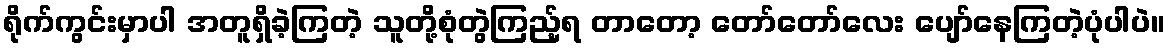
ရိုက်ကွင်းမှာပါ အတူရှိခဲ့ကြတဲ့ သူတို့စုံတွဲကြည့်ရ တာတော့ တော်တော်လေး ပျော်နေကြတဲ့ပုံပါပဲ။